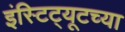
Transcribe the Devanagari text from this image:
इंस्टिट्यूटच्या